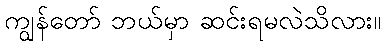
ကျွန်တော် ဘယ်မှာ ဆင်းရမလဲသိလား။